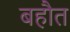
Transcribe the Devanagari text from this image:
बहौत